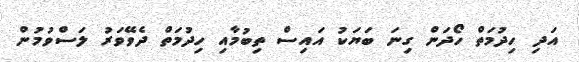
އަދި ހިދުމަތް ހޯދަން ގިނަ ބަޔަކު އައިސް ތިބުމާއި ހިދުމަތް ދެވޭވަރު ލަސްވުމުން